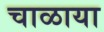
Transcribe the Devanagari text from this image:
चाळाया